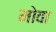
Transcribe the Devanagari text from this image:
मोवा